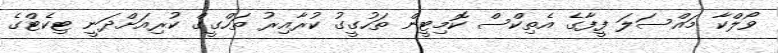
ވޯލްކާ މައްސަލަ ފީފާގެ އެތިކްސް ކޮމިޓީން ތަހުގީގު ކުރާއިރު ތަހްގީގް ކުރިއަށްދަނީ ޓިކެޓްގެ